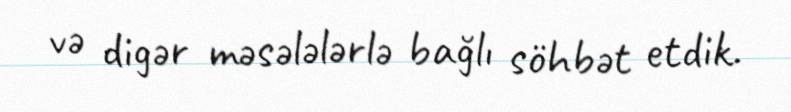
və digər məsələlərlə bağlı söhbət etdik.